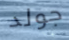
جولد